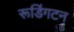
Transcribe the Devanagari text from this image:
रूडिंगटन